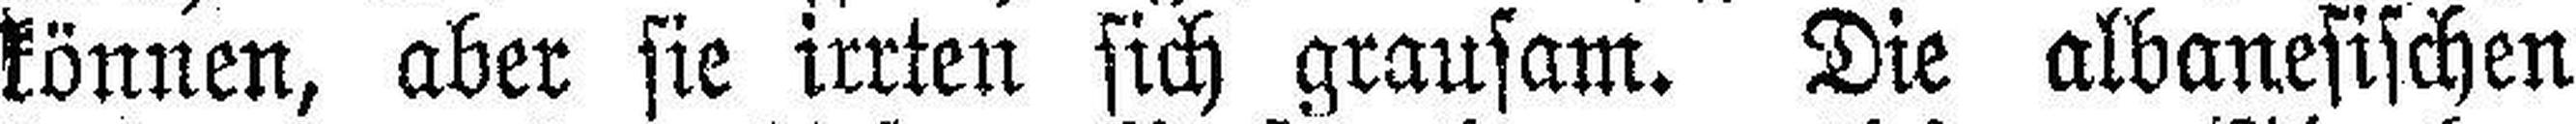
können, aber sie irrten sich grausam. Die albanesischen